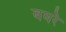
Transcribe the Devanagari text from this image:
बघरे